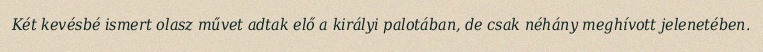
Két kevésbé ismert olasz művet adtak elő a királyi palotában, de csak néhány meghívott jelenetében.